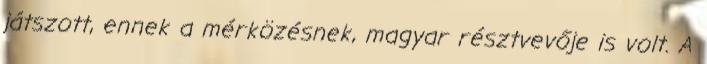
játszott, ennek a mérközésnek, magyar résztvevője is volt. A